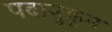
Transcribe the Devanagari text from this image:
पदानुक्र्रम